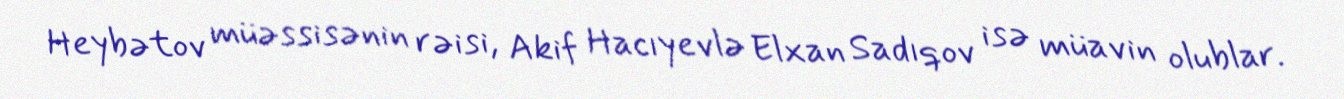
Heybətov müəssisənin rəisi, Akif Hacıyevlə Elxan Sadıqov isə müavin olublar.